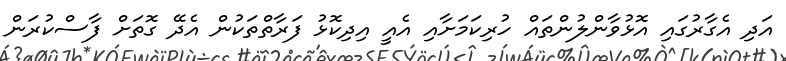
އަދި އެގާރުގައި އޮޅުވާންލުންތައް ހުރިކަމަށާއި އެއީ އިދިކޮޅު ފަރާތްތަކުން އެދޭ ގޮތަށް ފާސްކުރަން